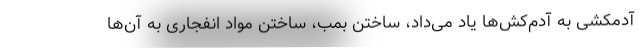
آدمکشی به آدم‌کش‌ها یاد می‌داد، ساختن بمب، ساختن مواد انفجاری به آن‌ها